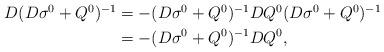
LaTeX: \begin{align*}\begin{aligned} D (D \sigma^0 + Q^0)^{-1} &=-(D \sigma^0 + Q^0)^{-1} D Q^0 (D \sigma^0 + Q^0)^{-1} \\ &=-(D \sigma^0 + Q^0)^{-1} D Q^0,\end{aligned}\end{align*}